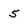
Character: 5